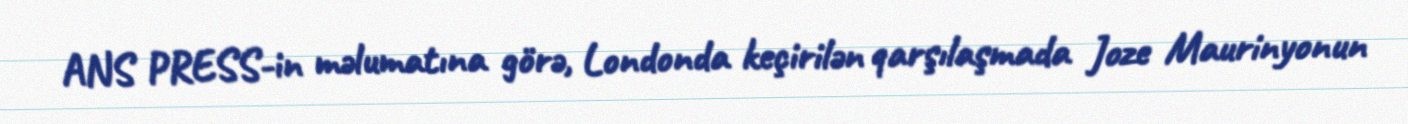
ANS PRESS-in məlumatına görə, Londonda keçirilən qarşılaşmada Joze Maurinyonun